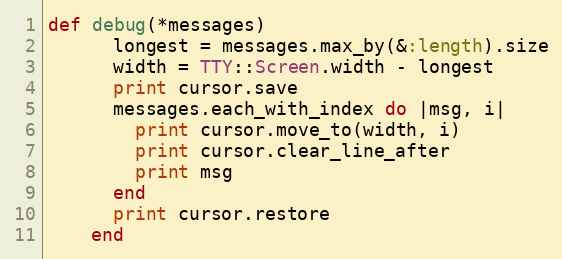
Language: Ruby
def debug(*messages)
      longest = messages.max_by(&:length).size
      width = TTY::Screen.width - longest
      print cursor.save
      messages.each_with_index do |msg, i|
        print cursor.move_to(width, i)
        print cursor.clear_line_after
        print msg
      end
      print cursor.restore
    end